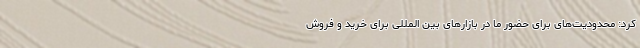
کرد: محدودیت‌های برای حضور ما در بازارهای بین المللی برای خرید و فروش